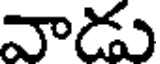
వాడు